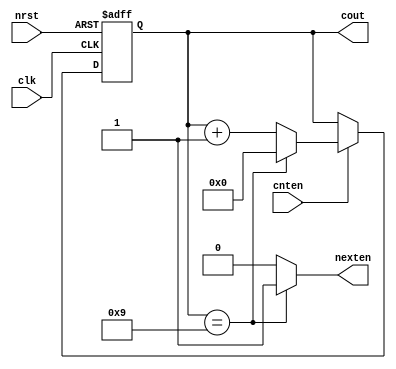
module BCDcounter(nrst,clk,cnten,cout,nexten);
input clk;
input cnten;
input nrst;
output nexten;
output reg [3:0]cout;

always @(posedge clk or negedge nrst)
	begin
		if(nrst == 1'd0)
			cout[3:0] <= 4'b0;
			else
				if(cnten == 1'd1)
					if(cout[3:0] == 4'd9)
						cout[3:0] <= 4'b0;
					else
						cout[3:0] <= cout[3:0] + 4'b1;
	end 

assign nexten =(cout[3:0] == 4'd9)? 1'b1 : 1'b0;

endmodule